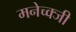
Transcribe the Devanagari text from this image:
मनेच्क्जी